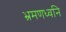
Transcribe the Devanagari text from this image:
भ्रमणध्वनि